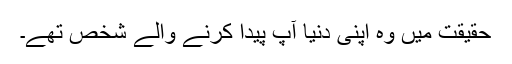
حقیقت میں وہ اپنی دنیا آپ پیدا کرنے والے شخص تھے۔